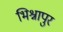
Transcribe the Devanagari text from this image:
भिश्नापुर